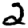
Digit: 2